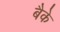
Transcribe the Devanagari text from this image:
बैके